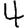
Digit: 4